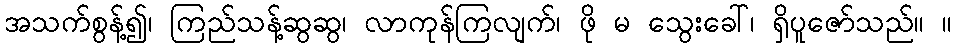
အသက်စွန့်၍၊ ကြည်သန့်ဆွဆွ၊ လာကုန်ကြလျက်၊ ဖို မ သွေးခေါ်၊ ရှိပူဇော်သည်။ ။